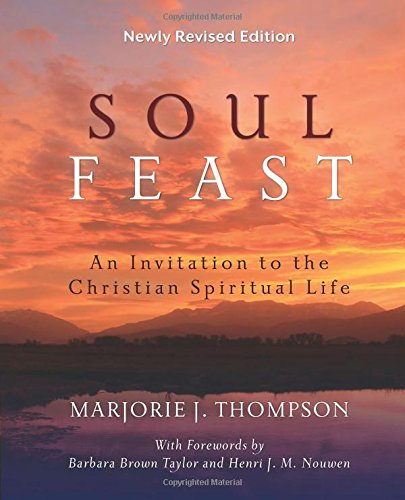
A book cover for Soul Feast, Newly Revised Edition: An Invitation to the Christian Spiritual Life; Marjorie  J. Thompson; Religion & Spirituality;